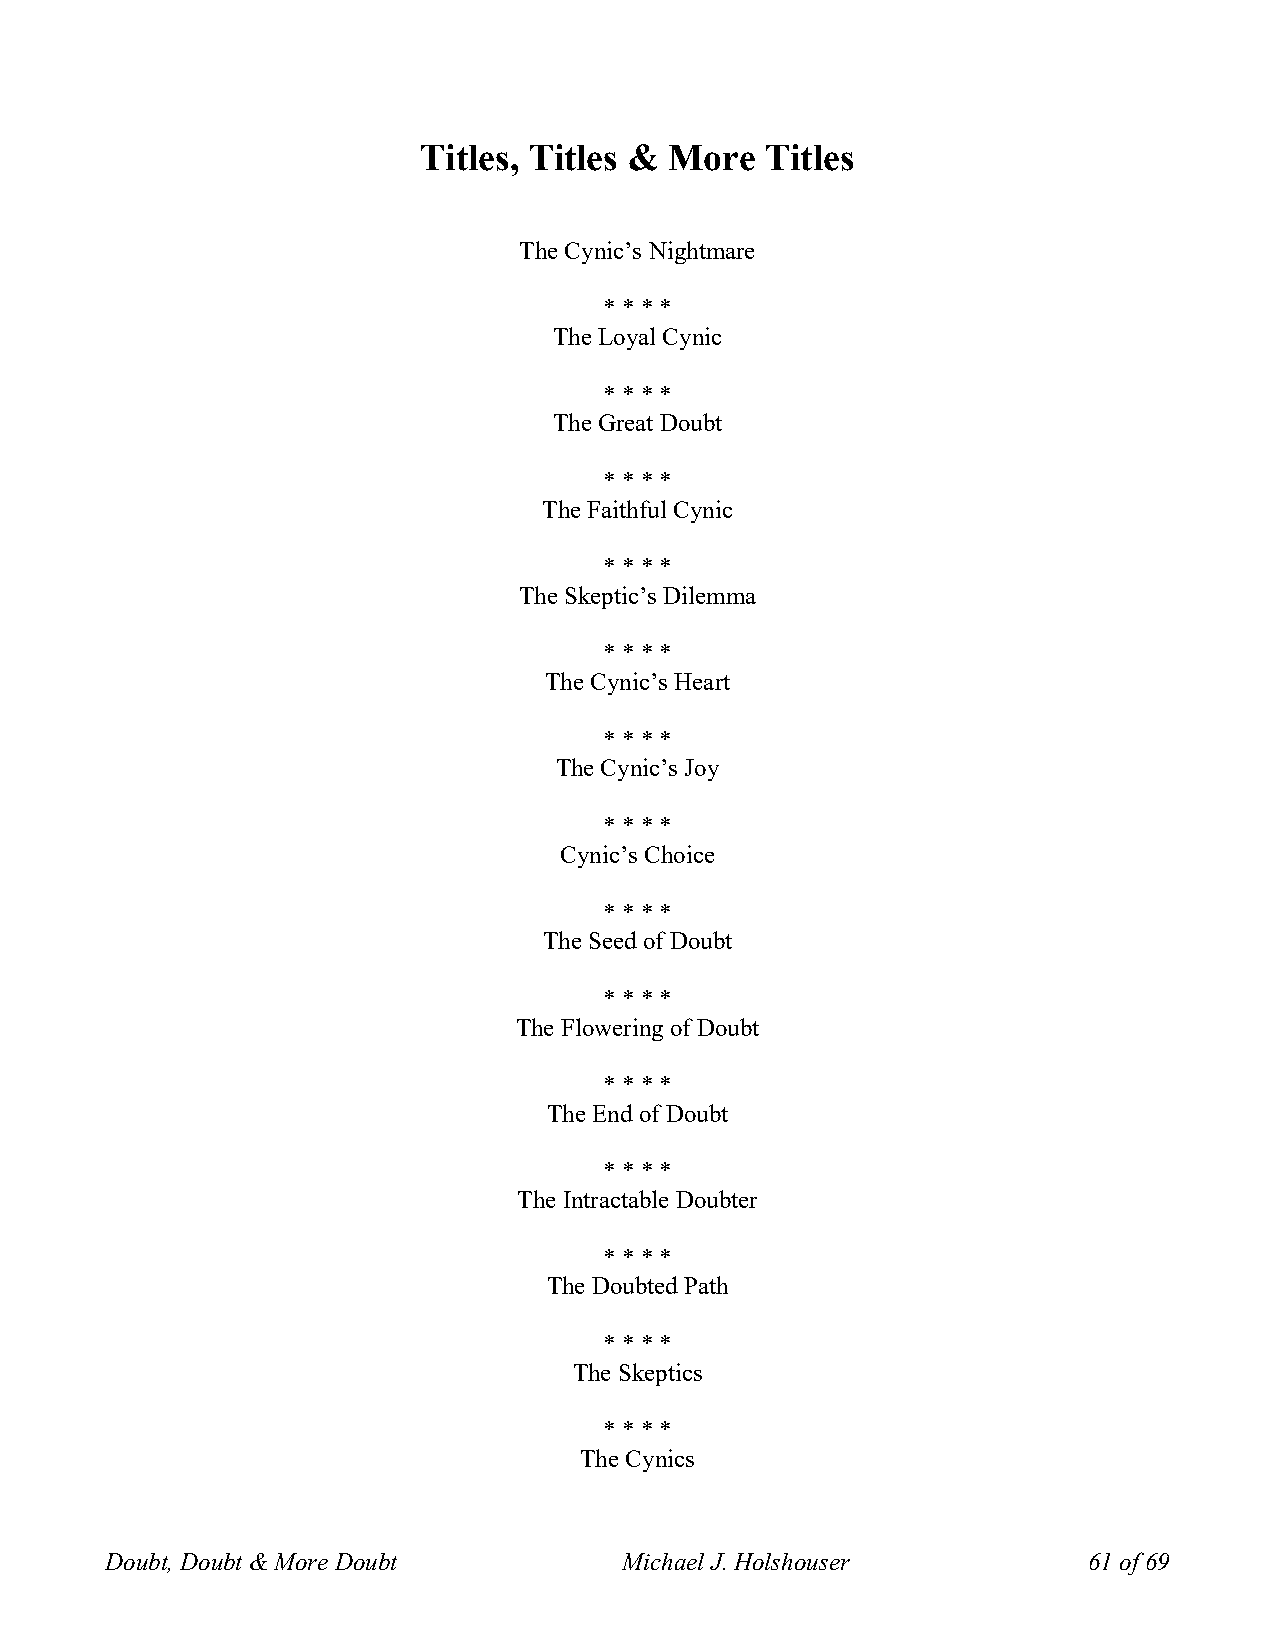
Titles, Titles & More  Titles
 The Cynic’s Nightmare
 * * * *
 The Loyal Cynic
 * * * *
 The Great Doubt
 * * * *
 The Faithful Cynic
 * * * *
 The Skeptic’s Dilemma
 * * * *
 The Cynic’s Heart
 * * * *
 The Cynic’s Joy
 * * * *
 Cynic’s Choice
 * * * *
 The Seed of Doubt
 * * * *
 The Flowering of Doubt
 * * * *
 The End of Doubt
 * * * *
 The Intractable Doubter
 * * * *
 The Doubted Path
 * * * *
 The Skeptics
 * * * *
 The Cynics
 Doubt, Doubt & More Doubt         Michael J. Holshouser          61 of 69